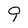
Character: 9